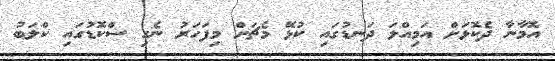
އޮމާނާ ދެކޮޅަށް އަމިއްލަ ދަނޑުގައި ކުޅޭ މެޗަށް މިފަހަރު ނެގި ސްކޮޑުގައި ކްލަބު